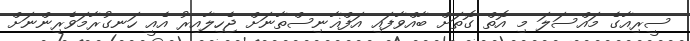
ސީރިއާގެ މައްސަލަ މި އޮތް ގޮތަށް ބާއްވާފައި އަފްޣާނިސްތާނަށް ޖެހިލާއިރު އެއީ ހަނގުރާމަވެރިންނަށް